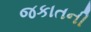
જકાતની